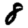
Digit: 8